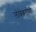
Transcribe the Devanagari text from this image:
लोबेकटोमी